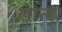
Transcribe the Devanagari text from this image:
खान्दा